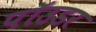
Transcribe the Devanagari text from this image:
पॉउडर